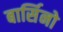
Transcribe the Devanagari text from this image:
बार्सिनो